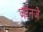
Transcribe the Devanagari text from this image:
जॉनजे